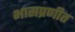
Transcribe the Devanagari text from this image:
भासप्रणीत